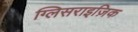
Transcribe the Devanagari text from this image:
ग्लिसराइज़िक